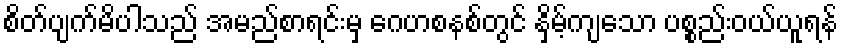
စိတ်ပျက်မိပါသည် အမည်စာရင်းမှ ဂေဟစနစ်တွင် နှိမ့်ကျသော ပစ္စည်းဝယ်ယူရန်